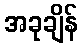
အခုချိန်